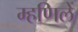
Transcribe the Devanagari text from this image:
म्हणिलें